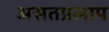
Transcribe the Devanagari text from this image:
असतप्रलाप